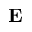
\mathbf { E }